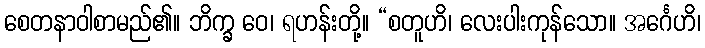
စေတနာဝါစာမည်၏။ ဘိက္ခ ဝေ၊ ရဟန်းတို့။ “စတူဟိ၊ လေးပါးကုန်သော။ အင်္ဂေဟိ၊